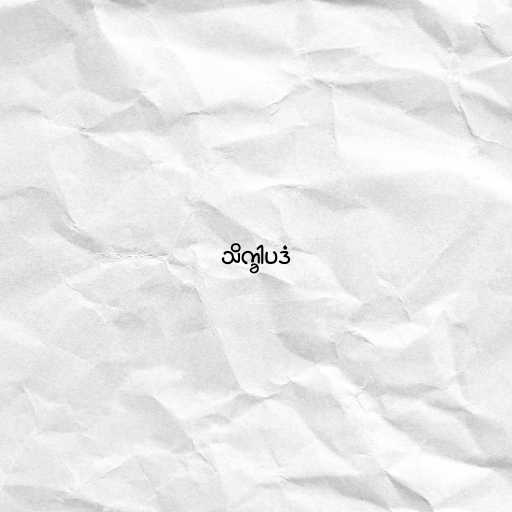
သိက္ခါပဒံ